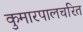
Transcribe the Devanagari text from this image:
कुमारपालचरित